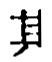
其